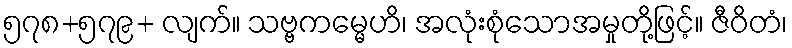
၅၇၈+၅၇၉+ လျက်။ သဗ္ဗကမ္မေဟိ၊ အလုံးစုံသောအမှုတို့ဖြင့်။ ဇီဝိတံ၊